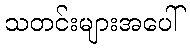
သတင်းများအပေါ်